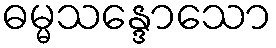
ဓမ္မသန္ဒောသော